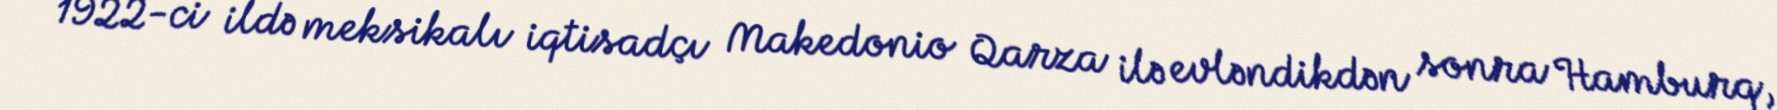
1922-ci ildə meksikalı iqtisadçı Makedonio Qarza ilə evləndikdən sonra Hamburq,